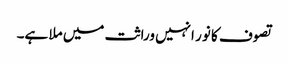
تصوف کا نور انہیں وراثت میں ملا ہے۔